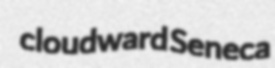
cloudward Seneca